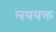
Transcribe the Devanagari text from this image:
लययक्त